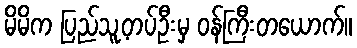
မိမိက ပြည်သူ့တပ်ဦးမှ ဝန်ကြီးတယောက်။